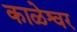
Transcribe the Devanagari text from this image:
काळेश्वर